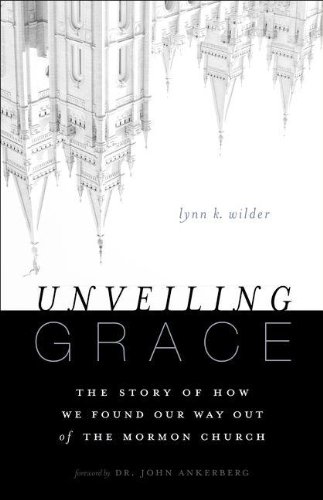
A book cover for Unveiling Grace: The Story of How We Found Our Way out of the Mormon Church; Lynn K. Wilder; Christian Books & Bibles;